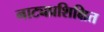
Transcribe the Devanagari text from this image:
नाट्यप्रशिक्षित